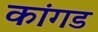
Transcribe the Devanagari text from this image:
कांगड